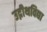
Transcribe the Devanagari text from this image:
उद्नीथविद्या